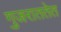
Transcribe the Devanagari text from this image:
गुजराततेत